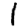
Digit: 1